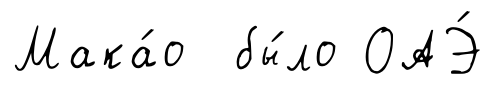
Мака́о бы́ло ОАЭ́